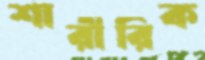
শারীরিক